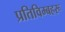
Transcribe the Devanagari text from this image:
प्रतिविम्‍बहरू